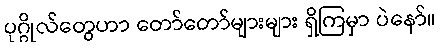
ပုဂ္ဂိုလ်တွေဟာ တော်တော်များများ ရှိကြမှာ ပဲနော်။